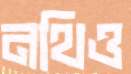
নথিও